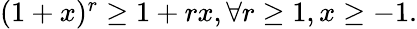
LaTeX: \begin{array}{r}{(1+x)^{r}\ge 1+rx,\forall r\ge 1,x\ge-1.}\end{array}